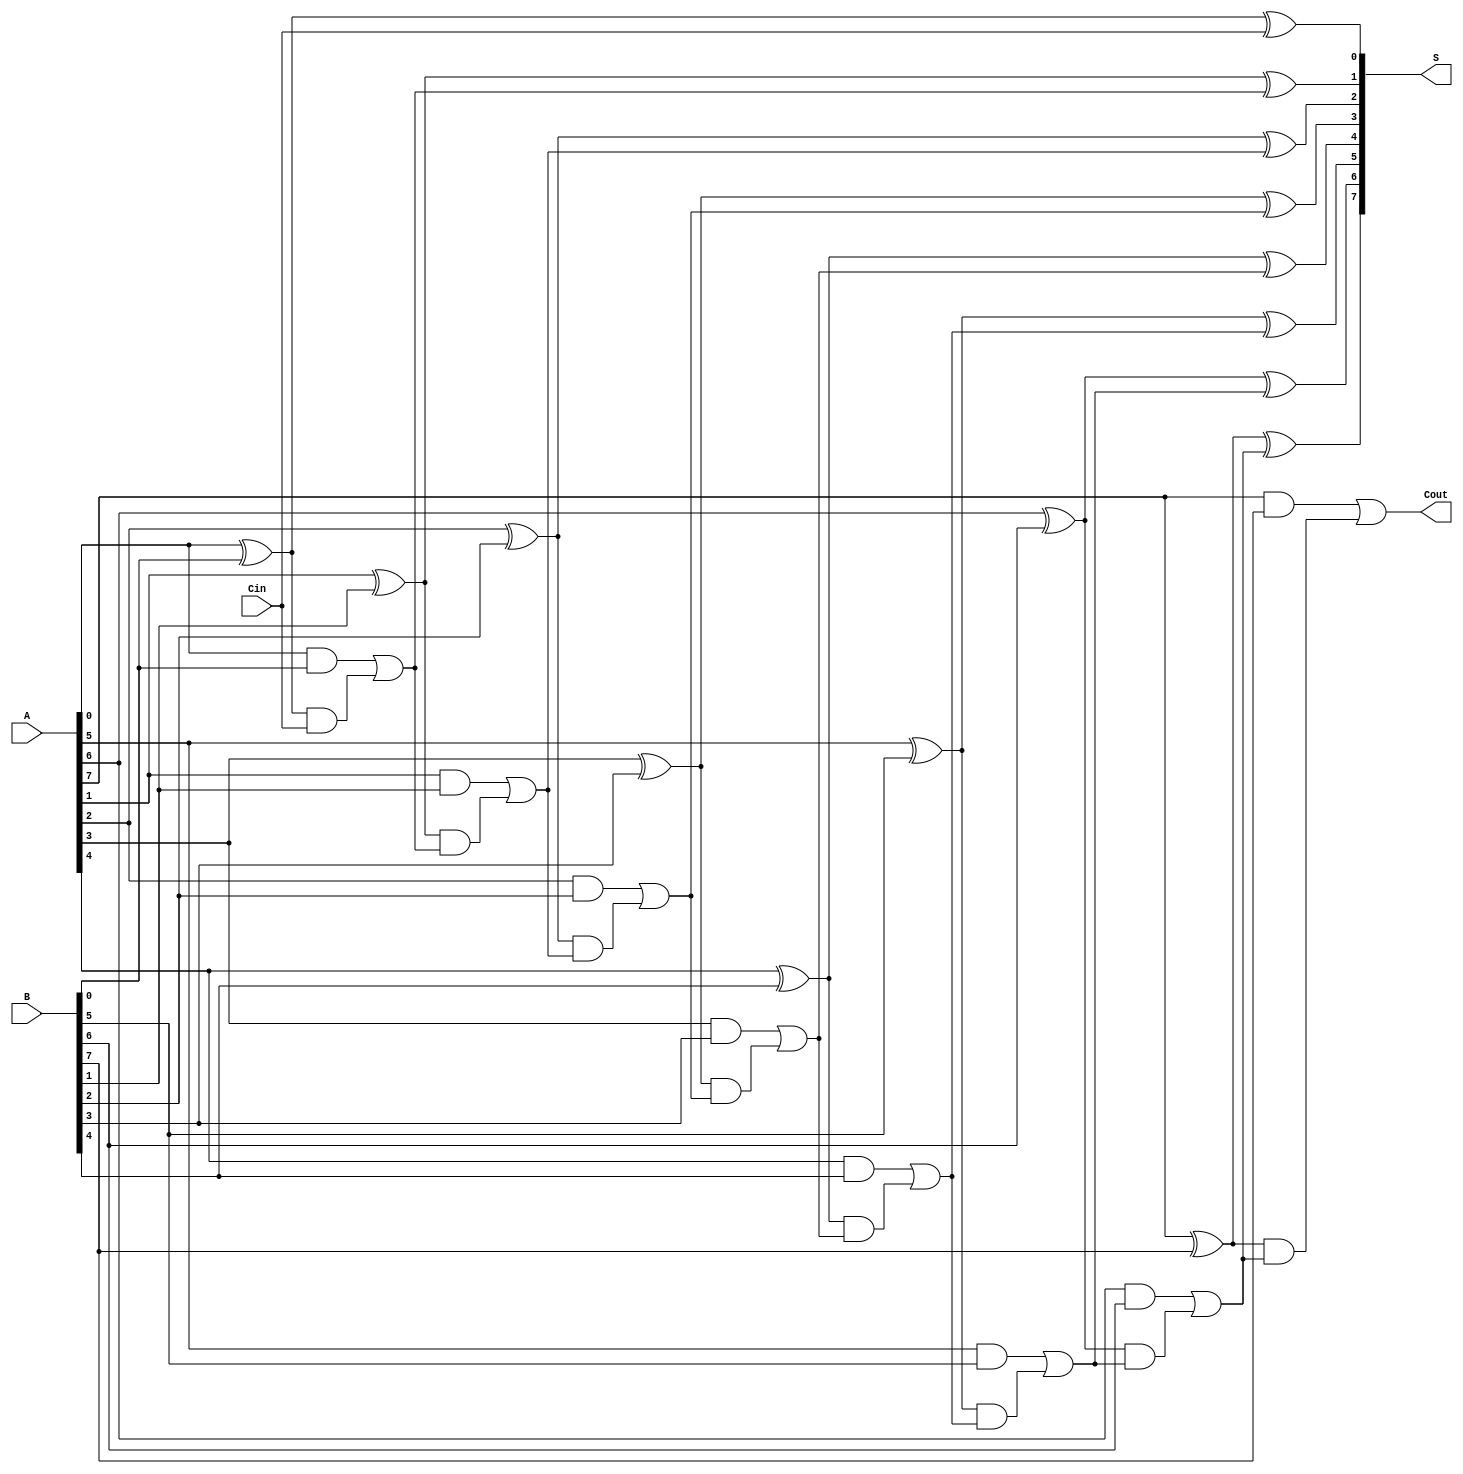
module SklanskyAdder #(parameter N = 8) (
    input  wire [N-1:0] A,      // First n-bit input
    input  wire [N-1:0] B,      // Second n-bit input
    input  wire Cin,             // Carry-in
    output wire [N-1:0] S,       // n-bit sum output
    output wire Cout             // Carry-out
);

    // Generate and Propagate signals
    wire [N-1:0] G; // Generate signals
    wire [N-1:0] P; // Propagate signals
    wire [N:0] C;   // Carry signals

    // Carry signals initialization
    assign C[0] = Cin;

    // Generate and Propagate calculations
    genvar i;
    generate
        for (i = 0; i < N; i = i + 1) begin : gen_prop
            assign G[i] = A[i] & B[i]; // Generate
            assign P[i] = A[i] ^ B[i]; // Propagate
        end
    endgenerate

    // Carry propagation using Sklansky method
    generate
        for (i = 0; i < N; i = i + 1) begin : carry_calc
            if (i == 0) begin
                assign C[i+1] = G[i] | (P[i] & C[i]); // Carry-out for the first bit
            end else begin
                assign C[i+1] = G[i] | (P[i] & C[i]); // Carry-out for subsequent bits
            end
        end
    endgenerate

    // Sum calculation
    generate
        for (i = 0; i < N; i = i + 1) begin : sum_calc
            assign S[i] = P[i] ^ C[i]; // Sum bits
        end
    endgenerate

    // Final carry-out
    assign Cout = C[N];

endmodule